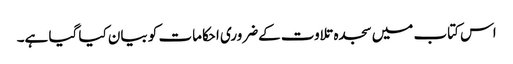
اس کتاب میں سجدہ تلاوت کےضروری احکامات کو بیان کیا گیا ہے۔